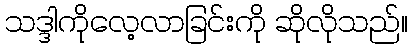
သဒ္ဒါကိုလေ့လာခြင်းကို ဆိုလိုသည်။